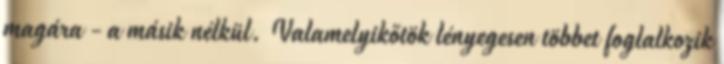
magára - a másik nélkül. Valamelyikőtök lényegesen többet foglalkozik